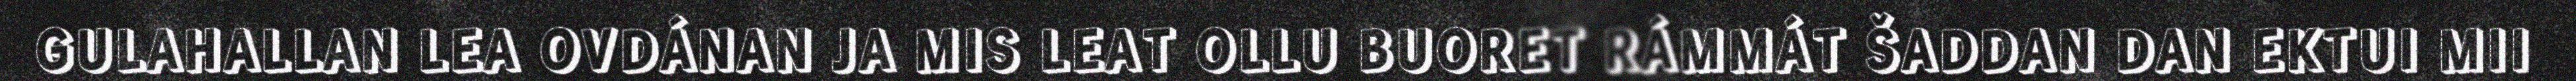
GULAHALLAN LEA OVDÁNAN JA MIS LEAT OLLU BUORET RÁMMÁT ŠADDAN DAN EKTUI MII